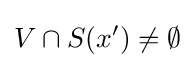
V\cap S(x')\neq \emptyset